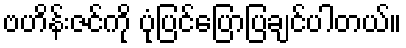
ဗဟိန်းဇင်ကို ပုံပြင်ပြောပြချင်ပါတယ်။